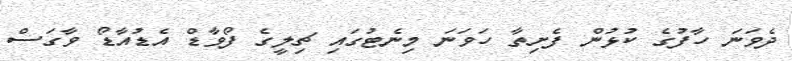
ދެވަނަ ހާފުގެ ކުޅުން ފެށިތާ ހަވަނަ މިނެޓުގައި ޗިލީގެ ފޯވާޑް އެޑުއާޑޯ ވާގަސް